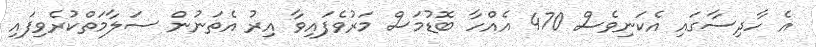
އެ ހާދިސާގައި އެކަނިވެސް 470 އެއްހާ ބޮޑުމަސް މަރުވެފައިވާ އިރު އެތަނުން ސަލާމަތްކުރެވިފައި